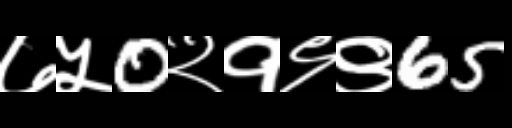
Text: ७५0२१९९65